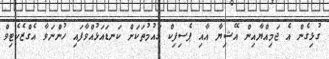
ގުޅިގެން އެ ޖަމިއްޔާއިން އޭޝިޔާ އާއި ޕެސިފިކް ގައުމުތަކަށް ކަނޑައަޅުއްވާފައި ހުންނަވާ އެގްޒެކެޓިވް